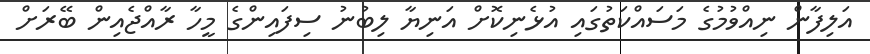
އަލިފާން ނިއްވުމުގެ މަސައްކަތުގައި އުޅެނިކޮށް އަނިޔާ ލިބުނު ސިފައިންގެ މީހާ ރާއްޖެއިން ބޭރަށް